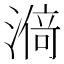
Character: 𰜸